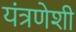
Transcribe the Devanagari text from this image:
यंत्रणेशी